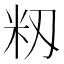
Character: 籾